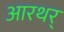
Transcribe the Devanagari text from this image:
आरथर्